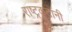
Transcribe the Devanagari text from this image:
राष्ट्रकूटांनी